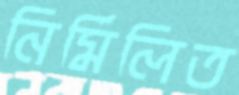
নির্মিলিত